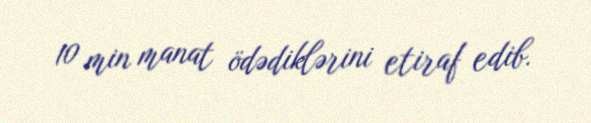
10 min manat ödədiklərini etiraf edib.